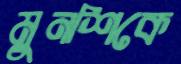
মুনশিকে